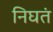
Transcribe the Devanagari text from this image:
निघतं